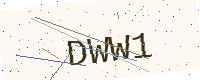
Text: DWW1